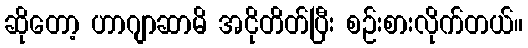
ဆိုတော့ ဟာဂျာဆာမိ အငိုတိတ်ပြီး စဉ်းစားလိုက်တယ်။